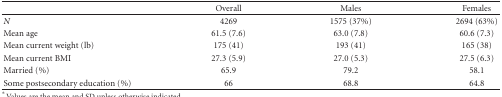
<table><thead><tr><td>[EMPTY_CELL]</td><td><b>Overall</b></td><td><b>Males</b></td><td><b>Females</b></td></tr></thead><tbody><tr><td><i>N</i></td><td>4269</td><td>1575 (37%)</td><td>2694 (63%)</td></tr><tr><td>Mean age</td><td>61.5 (7.6)</td><td>63.0 (7.8)</td><td>60.6 (7.3)</td></tr><tr><td>Mean current weight (lb)</td><td>175 (41)</td><td>193 (41)</td><td>165 (38)</td></tr><tr><td>Mean current BMI</td><td>27.3 (5.9)</td><td>27.0 (5.3)</td><td>27.5 (6.3)</td></tr><tr><td>Married (%)</td><td>65.9</td><td>79.2</td><td>58.1</td></tr><tr><td>Some postsecondary education (%)</td><td>66</td><td>68.8</td><td>64.8</td></tr></tbody></table>